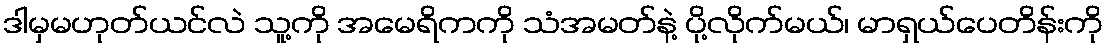
ဒါမှမဟုတ်ယင်လဲ သူ့ကို အမေရိကကို သံအမတ်နဲ့ ပို့လိုက်မယ်၊ မာရှယ်ပေတိန်းကို